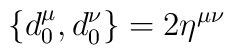
\{d_{0}^{\mu},d_{0}^{\nu}\}=2\eta^{\mu\nu}